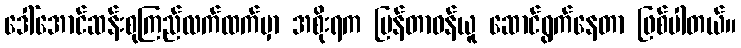
ဒေါ်အောင်ဆန်းစုကြည်လက်ထက်မှာ အစိုးရက ပြန်တာဝန်ယူ ဆောင်ရွက်နေတာ ဖြစ်ပါတယ်။